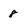
Character: 8